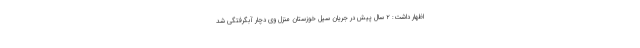
اظهار داشت: ۲ سال پیش در جریان سیل خوزستان منزل وی دچار آبگرفتگی شد